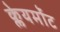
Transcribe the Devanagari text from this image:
क्लेयर्मोंट